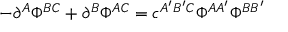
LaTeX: - \partial ^ { A } \Phi ^ { B C } + \partial ^ { B } \Phi ^ { A C } = c ^ { A ^ { \prime } B ^ { \prime } C } \Phi ^ { A A ^ { \prime } } \Phi ^ { B B ^ { \prime } }